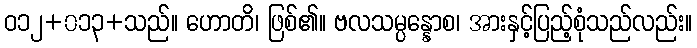
ဝ၁၂+၀၁၃+သည်။ ဟောတိ၊ ဖြစ်၏။ ဗလသမ္ပန္နောစ၊ အားနှင့်ပြည့်စုံသည်လည်း။